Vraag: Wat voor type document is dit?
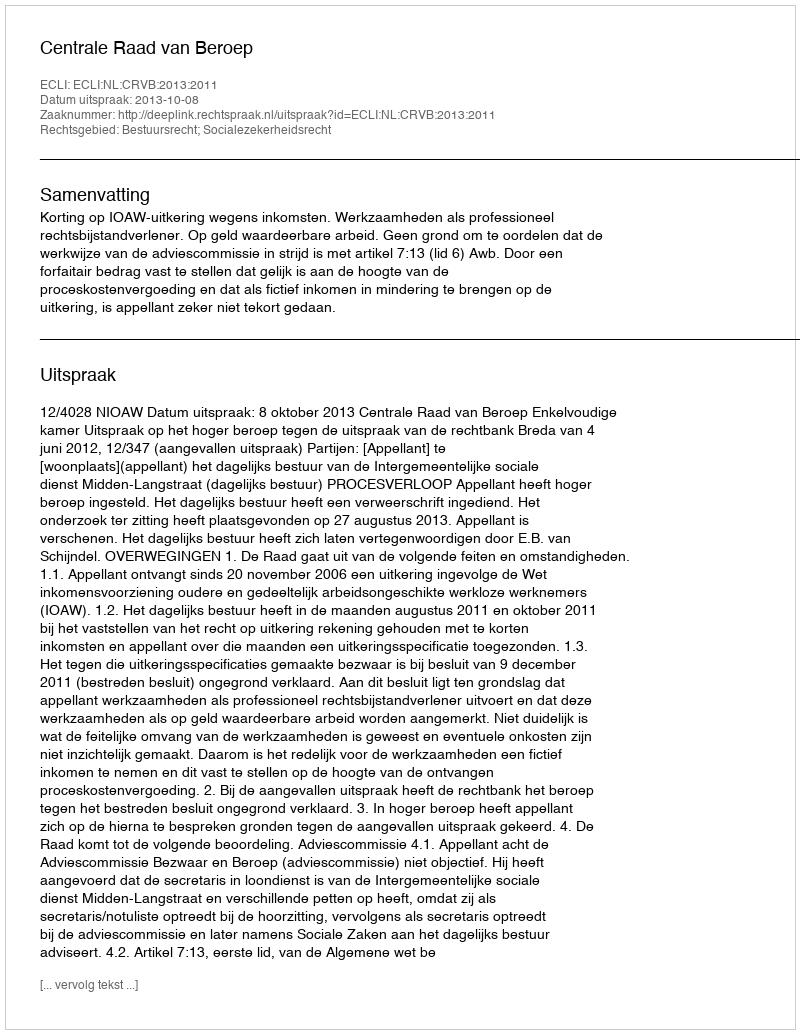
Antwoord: Uitspraak